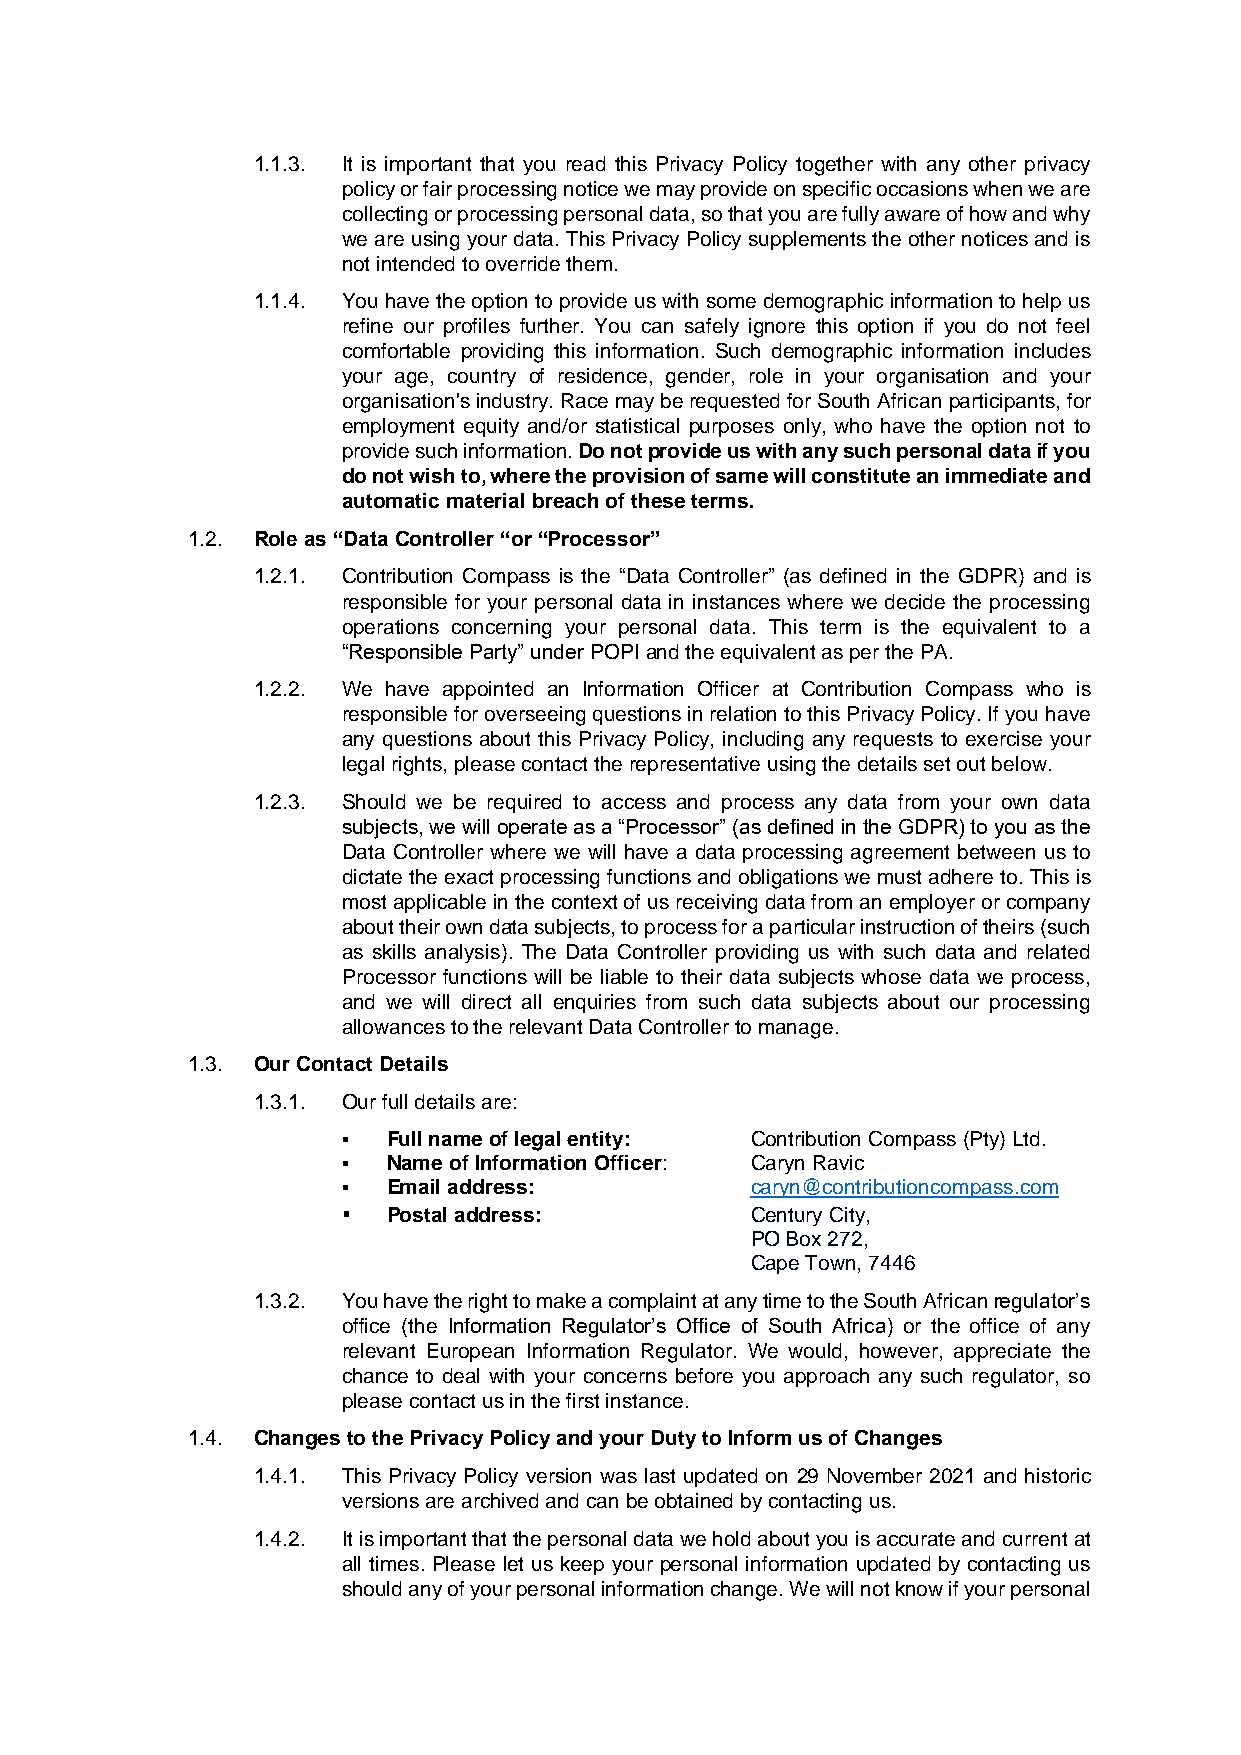
1.1.3. It is important that you read this Privacy Policy together with any other privacy
 policy or fair processing notice we may provide on specific occasions when we are
 collecting or processing personal data, so that you are fully aware of how and why
 we are using your data. This Privacy Policy supplements the other notices and is
 not intended to override them.
 1.1.4. You have the option to provide us with some demographic information to help us
 refine our profiles further. You can safely ignore this option if you do not feel
 comfortable providing this information. Such demographic information includes
 your age, country of residence, gender, role in your organisation and your
 organisation's industry. Race may be requested for South African participants, for
 employment equity and/or statistical purposes only, who have the option not to
 provide such information. Do not provide us with any such personal data if you
 do not wish to, where the provision of same will constitute an immediate and
 automatic material breach of these terms.
 1.2. Role as “Data Controller “or “Processor”
 1.2.1. Contribution Compass is the “Data Controller” (as defined in the GDPR) and is
 responsible for your personal data in instances where we decide the processing
 operations concerning your personal data. This term is the equivalent to a
 “Responsible Party” under POPI and the equivalent as per the PA.
 1.2.2. We have appointed an Information Officer at Contribution Compass who is
 responsible for overseeing questions in relation to this Privacy Policy. If you have
 any questions about this Privacy Policy, including any requests to exercise your
 legal rights, please contact the representative using the details set out below.
 1.2.3. Should we be required to access and process any data from your own data
 subjects, we will operate as a “Processor” (as defined in the GDPR) to you as the
 Data Controller where we will have a data processing agreement between us to
 dictate the exact processing functions and obligations we must adhere to. This is
 most applicable in the context of us receiving data from an employer or company
 about their own data subjects, to process for a particular instruction of theirs (such
 as skills analysis). The Data Controller providing us with such data and related
 Processor functions will be liable to their data subjects whose data we process,
 and we will direct all enquiries from such data subjects about our processing
 allowances to the relevant Data Controller to manage.
 1.3. Our Contact Details
 1.3.1. Our full details are:
 ▪  Full name of legal entity: Contribution Compass (Pty) Ltd.
 ▪  Name of Information Officer: Caryn Ravic
 ▪  Email address:          caryn@contributioncompass.com
 ▪  Postal address:         Century City,
 PO Box 272,
 Cape Town, 7446
 1.3.2. You have the right to make a complaint at any time to the South African regulator’s
 office (the Information Regulator’s Office of South Africa) or the office of any
 relevant European Information Regulator. We would, however, appreciate the
 chance to deal with your concerns before you approach any such regulator, so
 please contact us in the first instance.
 1.4. Changes to the Privacy Policy and your Duty to Inform us of Changes
 1.4.1. This Privacy Policy version was last updated on 29 November 2021 and historic
 versions are archived and can be obtained by contacting us.
 1.4.2. It is important that the personal data we hold about you is accurate and current at
 all times. Please let us keep your personal information updated by contacting us
 should any of your personal information change. We will not know if your personal